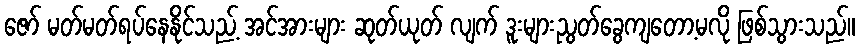
ဇော် မတ်မတ်ရပ်နေနိုင်သည့် အင်အားများ ဆုတ်ယုတ် လျက် ဒူးများညွတ်ခွေကျတော့မလို ဖြစ်သွားသည်။